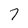
Character: 7